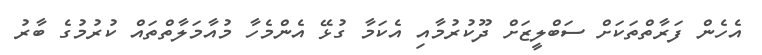
އެހެން ފަރާތްތަކަށް ސަބްލީޒަށް ދޫކުރުމާއި އެކަމާ ގުޅޭ އެންމެހާ މުއާމަލާތްތައް ކުރުމުގެ ބާރު